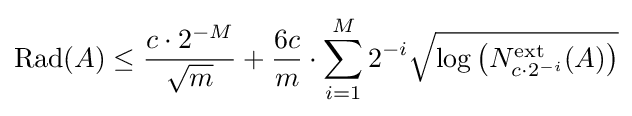
\operatorname {Rad} (A)\leq {c\cdot 2^{-M} \over {\sqrt {m}}}+{6c \over m}\cdot \sum _{i=1}^{M}2^{-i}{\sqrt {\log \left(N_{c\cdot 2^{-i}}^{\text{ext}}(A)\right)}}